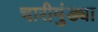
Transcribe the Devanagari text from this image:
चारीमुंड्या